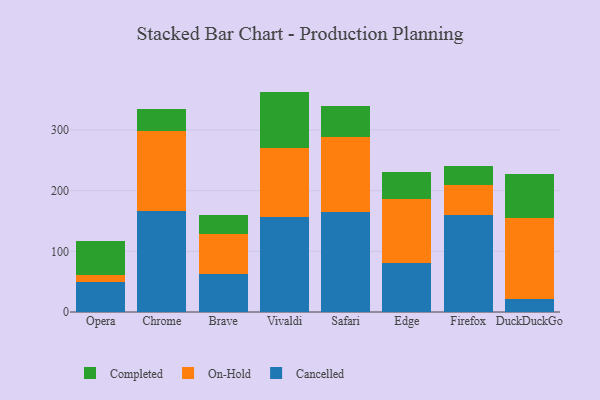
{"axis": {"x": "Browser", "y": "Website Visitors"}, "legend": ["Cancelled", "Completed", "On-Hold"], "data": [{"x": "Opera", "y": 50.0, "type": "Cancelled"}, {"x": "Opera", "y": 11.4, "type": "On-Hold"}, {"x": "Opera", "y": 55.3, "type": "Completed"}, {"x": "Chrome", "y": 166.4, "type": "Cancelled"}, {"x": "Chrome", "y": 132.5, "type": "On-Hold"}, {"x": "Chrome", "y": 35.7, "type": "Completed"}, {"x": "Brave", "y": 62.8, "type": "Cancelled"}, {"x": "Brave", "y": 66.5, "type": "On-Hold"}, {"x": "Brave", "y": 29.8, "type": "Completed"}, {"x": "Vivaldi", "y": 156.2, "type": "Cancelled"}, {"x": "Vivaldi", "y": 114.5, "type": "On-Hold"}, {"x": "Vivaldi", "y": 92.5, "type": "Completed"}, {"x": "Safari", "y": 165.3, "type": "Cancelled"}, {"x": "Safari", "y": 122.8, "type": "On-Hold"}, {"x": "Safari", "y": 51.7, "type": "Completed"}, {"x": "Edge", "y": 80.0, "type": "Cancelled"}, {"x": "Edge", "y": 106.0, "type": "On-Hold"}, {"x": "Edge", "y": 44.3, "type": "Completed"}, {"x": "Firefox", "y": 159.2, "type": "Cancelled"}, {"x": "Firefox", "y": 50.9, "type": "On-Hold"}, {"x": "Firefox", "y": 30.6, "type": "Completed"}, {"x": "DuckDuckGo", "y": 22.2, "type": "Cancelled"}, {"x": "DuckDuckGo", "y": 132.6, "type": "On-Hold"}, {"x": "DuckDuckGo", "y": 71.9, "type": "Completed"}]}